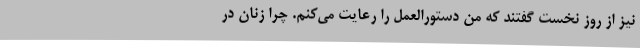
نیز از روز نخست گفتند که من دستورالعمل را رعایت می‌کنم. چرا زنان در